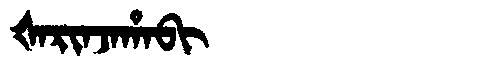
Manchu: ᡧᠠᡵᡳᠨᠵᠠᡥᠠᠪᡳ
Romanization: ŠARINJAHABI